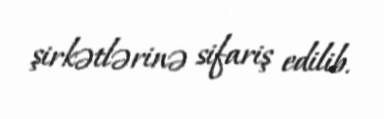
şirkətlərinə sifariş edilib.